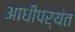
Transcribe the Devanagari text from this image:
आधीपर्यंत